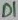
Text: D1